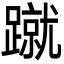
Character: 蹴